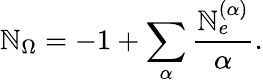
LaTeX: \mathbb{N}_{\Omega}=-1+\sum_{\alpha}{\frac{{\mathbb{N}_{e}^{(\alpha)}}}{{\alpha}}}.